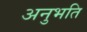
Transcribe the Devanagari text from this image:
अनुभति